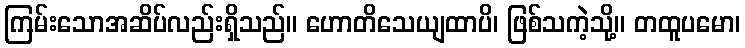
ကြမ်းသောအဆိပ်လည်းရှိသည်။ ဟောတိသေယျထာပိ၊ ဖြစ်သကဲ့သို့။ တထူပမော၊